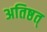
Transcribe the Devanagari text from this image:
अतिष्ठत्